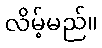
လိမ့်မည်။